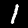
Label: 1